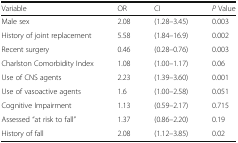
<table><thead><tr><td><b>Variable</b></td><td><b>OR</b></td><td><b>CI</b></td><td><b><i>P</i> Value</b></td></tr></thead><tbody><tr><td>Male sex</td><td>2.08</td><td>(1.28–3.45)</td><td>0.003</td></tr><tr><td>History of joint replacement</td><td>5.58</td><td>(1.84–16.9)</td><td>0.002</td></tr><tr><td>Recent surgery</td><td>0.46</td><td>(0.28–0.76)</td><td>0.003</td></tr><tr><td>Charlston Comorbidity Index</td><td>1.08</td><td>(1.00–1.17)</td><td>0.06</td></tr><tr><td>Use of CNS agents</td><td>2.23</td><td>(1.39–3.60)</td><td>0.001</td></tr><tr><td>Use of vasoactive agents</td><td>1.6</td><td>(1.00–2.58)</td><td>0.051</td></tr><tr><td>Cognitive Impairment</td><td>1.13</td><td>(0.59–2.17)</td><td>0.715</td></tr><tr><td>Assessed “at risk to fall”</td><td>1.37</td><td>(0.86–2.20)</td><td>0.19</td></tr><tr><td>History of fall</td><td>2.08</td><td>(1.12–3.85)</td><td>0.02</td></tr></tbody></table>